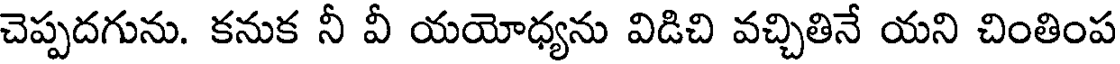
చెప్పదగును. కనుక నీ వీ యయోధ్యను విడిచి వచ్చితినే యని చింతింప